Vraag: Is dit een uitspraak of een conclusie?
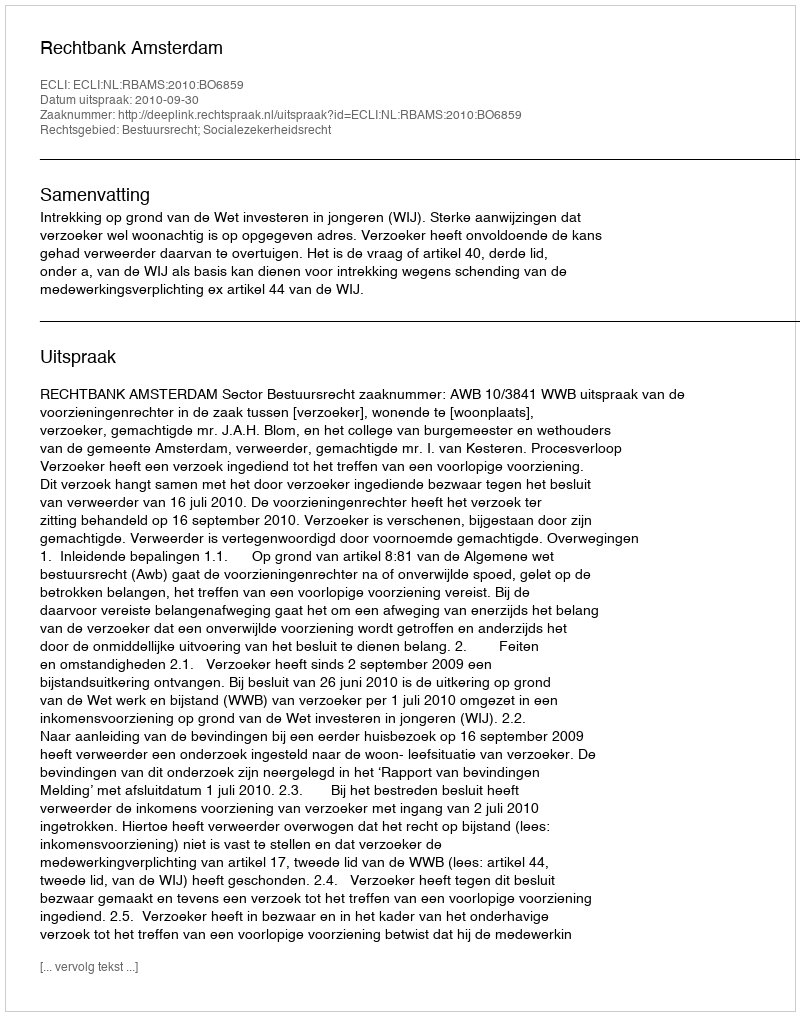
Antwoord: Uitspraak